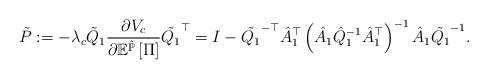
LaTeX: \begin{align*}\tilde{P}:=-\lambda_{c}\tilde{Q}_{1}\frac{\partial V_{c}}{\partial\mathbb{E}^{\tilde{\mathbb{P}}}\left[\Pi\right]}\tilde{Q_{1}}^{\top}=I-\tilde{Q_{1}}^{-\top}\hat{A}_{1}^{\top}\left(\hat{A}_{1}\hat{Q}_{1}^{-1}\hat{A}_{1}^{\top}\right)^{-1}\hat{A}_{1}\tilde{Q_{1}}^{-1}.\end{align*}